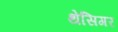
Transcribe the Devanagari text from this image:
थेसिगर